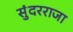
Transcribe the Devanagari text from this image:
सुंदरराजा